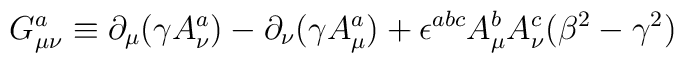
\hspace{3cm}G_{\mu\nu}^{a}\equiv\partial_\mu(\gamma A_{\nu}^{a})-\partial_\nu(\gamma A_{\mu}^{a})+\epsilon^{abc}A_{\mu}^{b}A_{\nu}^{c}(\beta^{2}-\gamma^{2})